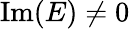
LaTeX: \mathrm{Im}(E)\ne 0